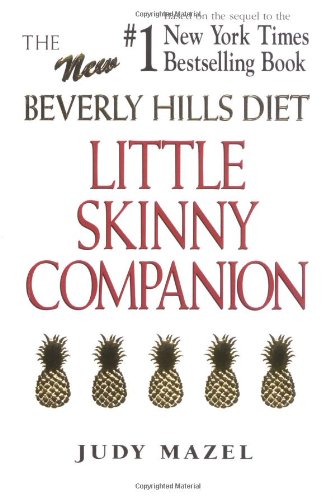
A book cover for The New Beverly Hills Diet Little Skinny Companion; Judy Mazel; Teen & Young Adult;